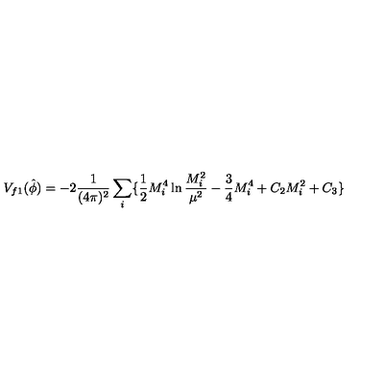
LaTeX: V _ { f 1 } ( \hat { \phi } ) = - 2 \frac { 1 } { ( 4 \pi ) ^ { 2 } } \sum _ { i } \{ \frac { 1 } { 2 } M _ { i } ^ { 4 } \ln \frac { M _ { i } ^ { 2 } } { \mu ^ { 2 } } - \frac { 3 } { 4 } M _ { i } ^ { 4 } + C _ { 2 } M _ { i } ^ { 2 } + C _ { 3 } \}